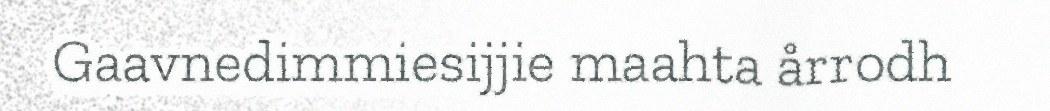
Gaavnedimmiesijjie maahta årrodh